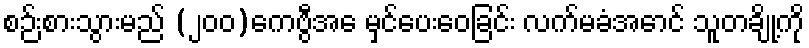
စဉ်းစားသွားမည် (၂၀၀)ကေဗွီအေ မှင်ပေးဝေခြင်း လက်မခံအောင် သူတချို့ကို